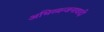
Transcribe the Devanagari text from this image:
अभिव्यन्जनावादी